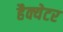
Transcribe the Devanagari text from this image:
हैक्येटर